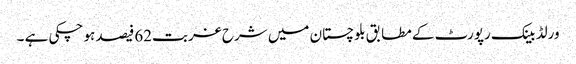
ورلڈ بینک رپورٹ کے مطابق بلوچستان میں شرح غربت62فیصد ہو چکی ہے ۔